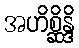
အဟိစ္ဆိန္ဒိ